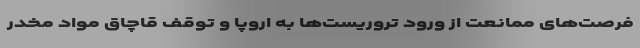
فرصت‌های ممانعت از ورود تروریست‌ها به اروپا و توقف قاچاق مواد مخدر